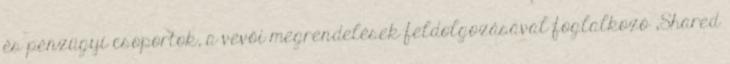
és pénzügyi csoportok, a vevői megrendelések feldolgozásával foglalkozó „Shared